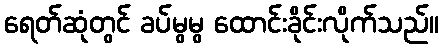
ရေတ်ဆုံတွင် ခပ်မွမွ ထောင်းခိုင်းလိုက်သည်။